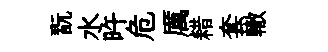
翫水旿危厲耤套轍